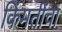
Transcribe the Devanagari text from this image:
किंमतींचा